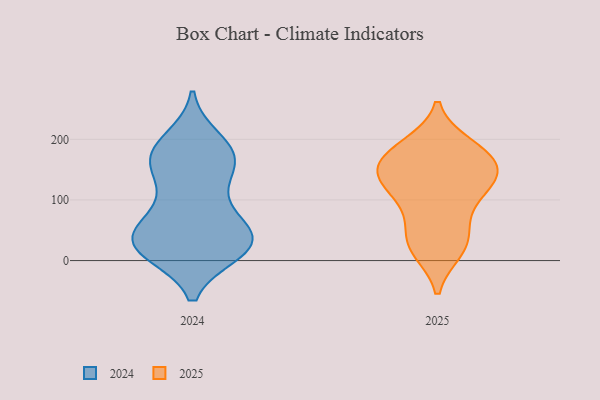
{"axis": {"x": "Latency (ms)", "y": "Value"}, "legend": ["2024", "2025"], "data": [{"x": "", "y": 24, "type": "2024"}, {"x": "", "y": 149, "type": "2024"}, {"x": "", "y": 32, "type": "2024"}, {"x": "", "y": 154, "type": "2024"}, {"x": "", "y": 34, "type": "2024"}, {"x": "", "y": 15, "type": "2024"}, {"x": "", "y": 198, "type": "2024"}, {"x": "", "y": 32, "type": "2024"}, {"x": "", "y": 169, "type": "2024"}, {"x": "", "y": 36, "type": "2024"}, {"x": "", "y": 48, "type": "2024"}, {"x": "", "y": 174, "type": "2024"}, {"x": "", "y": 18, "type": "2024"}, {"x": "", "y": 185, "type": "2024"}, {"x": "", "y": 84, "type": "2024"}, {"x": "", "y": 113, "type": "2024"}, {"x": "", "y": 174, "type": "2024"}, {"x": "", "y": 65, "type": "2024"}, {"x": "", "y": 17, "type": "2024"}, {"x": "", "y": 26, "type": "2025"}, {"x": "", "y": 122, "type": "2025"}, {"x": "", "y": 169, "type": "2025"}, {"x": "", "y": 190, "type": "2025"}, {"x": "", "y": 124, "type": "2025"}, {"x": "", "y": 17, "type": "2025"}, {"x": "", "y": 45, "type": "2025"}, {"x": "", "y": 127, "type": "2025"}, {"x": "", "y": 72, "type": "2025"}, {"x": "", "y": 186, "type": "2025"}, {"x": "", "y": 92, "type": "2025"}, {"x": "", "y": 181, "type": "2025"}, {"x": "", "y": 137, "type": "2025"}, {"x": "", "y": 158, "type": "2025"}, {"x": "", "y": 153, "type": "2025"}, {"x": "", "y": 146, "type": "2025"}, {"x": "", "y": 20, "type": "2025"}]}